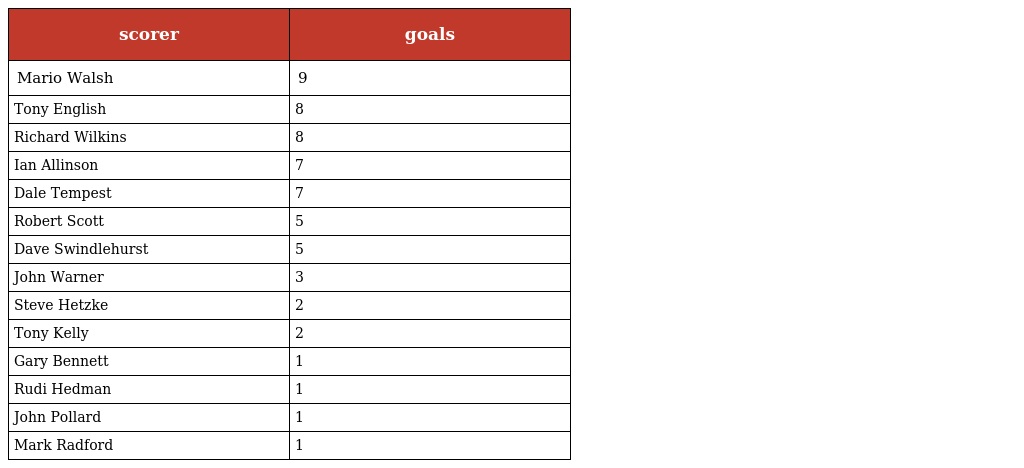
| scorer | goals |
 | --- | --- |
 | Mario Walsh | 9 |
 | Tony English | 8 |
 | Richard Wilkins | 8 |
 | Ian Allinson | 7 |
 | Dale Tempest | 7 |
 | Robert Scott | 5 |
 | Dave Swindlehurst | 5 |
 | John Warner | 3 |
 | Steve Hetzke | 2 |
 | Tony Kelly | 2 |
 | Gary Bennett | 1 |
 | Rudi Hedman | 1 |
 | John Pollard | 1 |
 | Mark Radford | 1 |